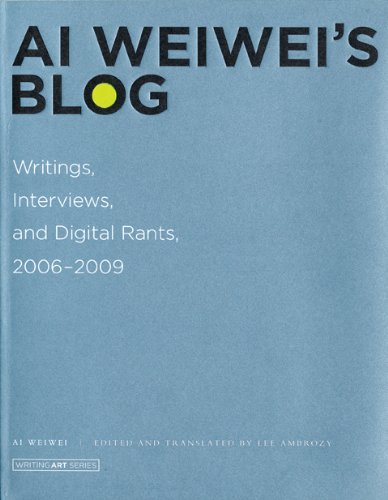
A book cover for Ai Weiwei's Blog: Writings, Interviews, and Digital Rants, 2006-2009 (Writing Art); Ai Weiwei; Arts & Photography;